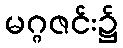
မဂ္ဂဇင်း၌